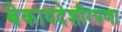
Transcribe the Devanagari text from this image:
बेकायदेशीरपणा